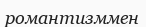
романтизммен